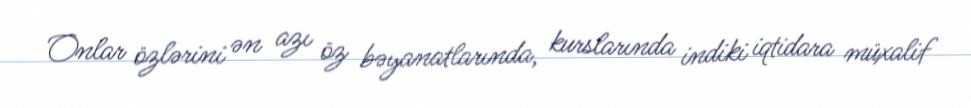
Onlar özlərini ən azı öz bəyanatlarında, kurslarında indiki iqtidara müxalif